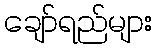
ချော်ရည်များ